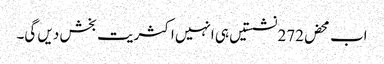
اب محض272 نشستیں ہی انہیں اکثریت بخش دیں گی۔